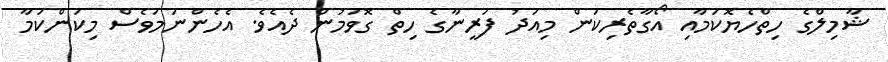
ޝާމިލްގެ ހިތްހެޔޮކަމާއި އޯގާތެރިކަން މިއަދު ފަރީނާގެ ހިތް ގޮވަމުން ދެއެވެ. އެހެންނަމަވެސް މިކަންކަމާ